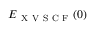
E _ { \mathrm { ~ X ~ V ~ S ~ C ~ F ~ } } ( 0 )